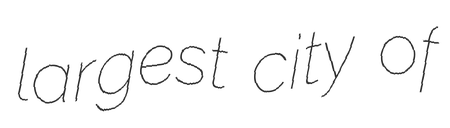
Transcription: largest city of